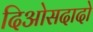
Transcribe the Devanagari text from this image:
दिओसदादो